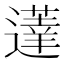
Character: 𰻗